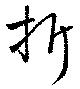
折